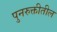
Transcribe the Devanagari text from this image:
पुनरुक्तीतील